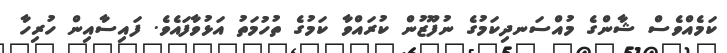
ކަމެއްވެސް ޝާންގެ މުއްސަނދިކަމުގެ ނުފޫޒުން ކުރައްވާ ކަމުގެ ތުހުމަތު އަޅުވާފައެވެ. ފައިސާއިން ހުރިހާ